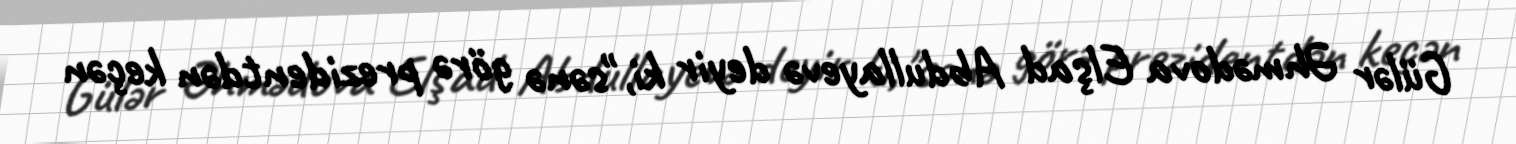
Gülər Əhmədova Elşad Abdullayevə deyir ki,"sənə görə prezidentdən keçən